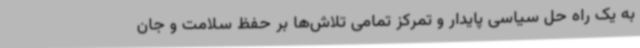
به یک راه حل سیاسی پایدار و تمرکز تمامی تلاش‌ها بر حفظ سلامت و جان